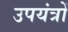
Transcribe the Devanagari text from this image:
उपयंत्रों